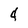
Character: 4